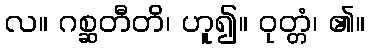
လ။ ဂစ္ဆတီတိ၊ ဟူ၍။ ဝုတ္တံ၊ ၏။